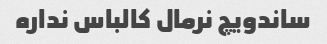
ساندویچ نرمال کالباس نداره